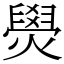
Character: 燢